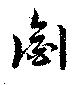
銜